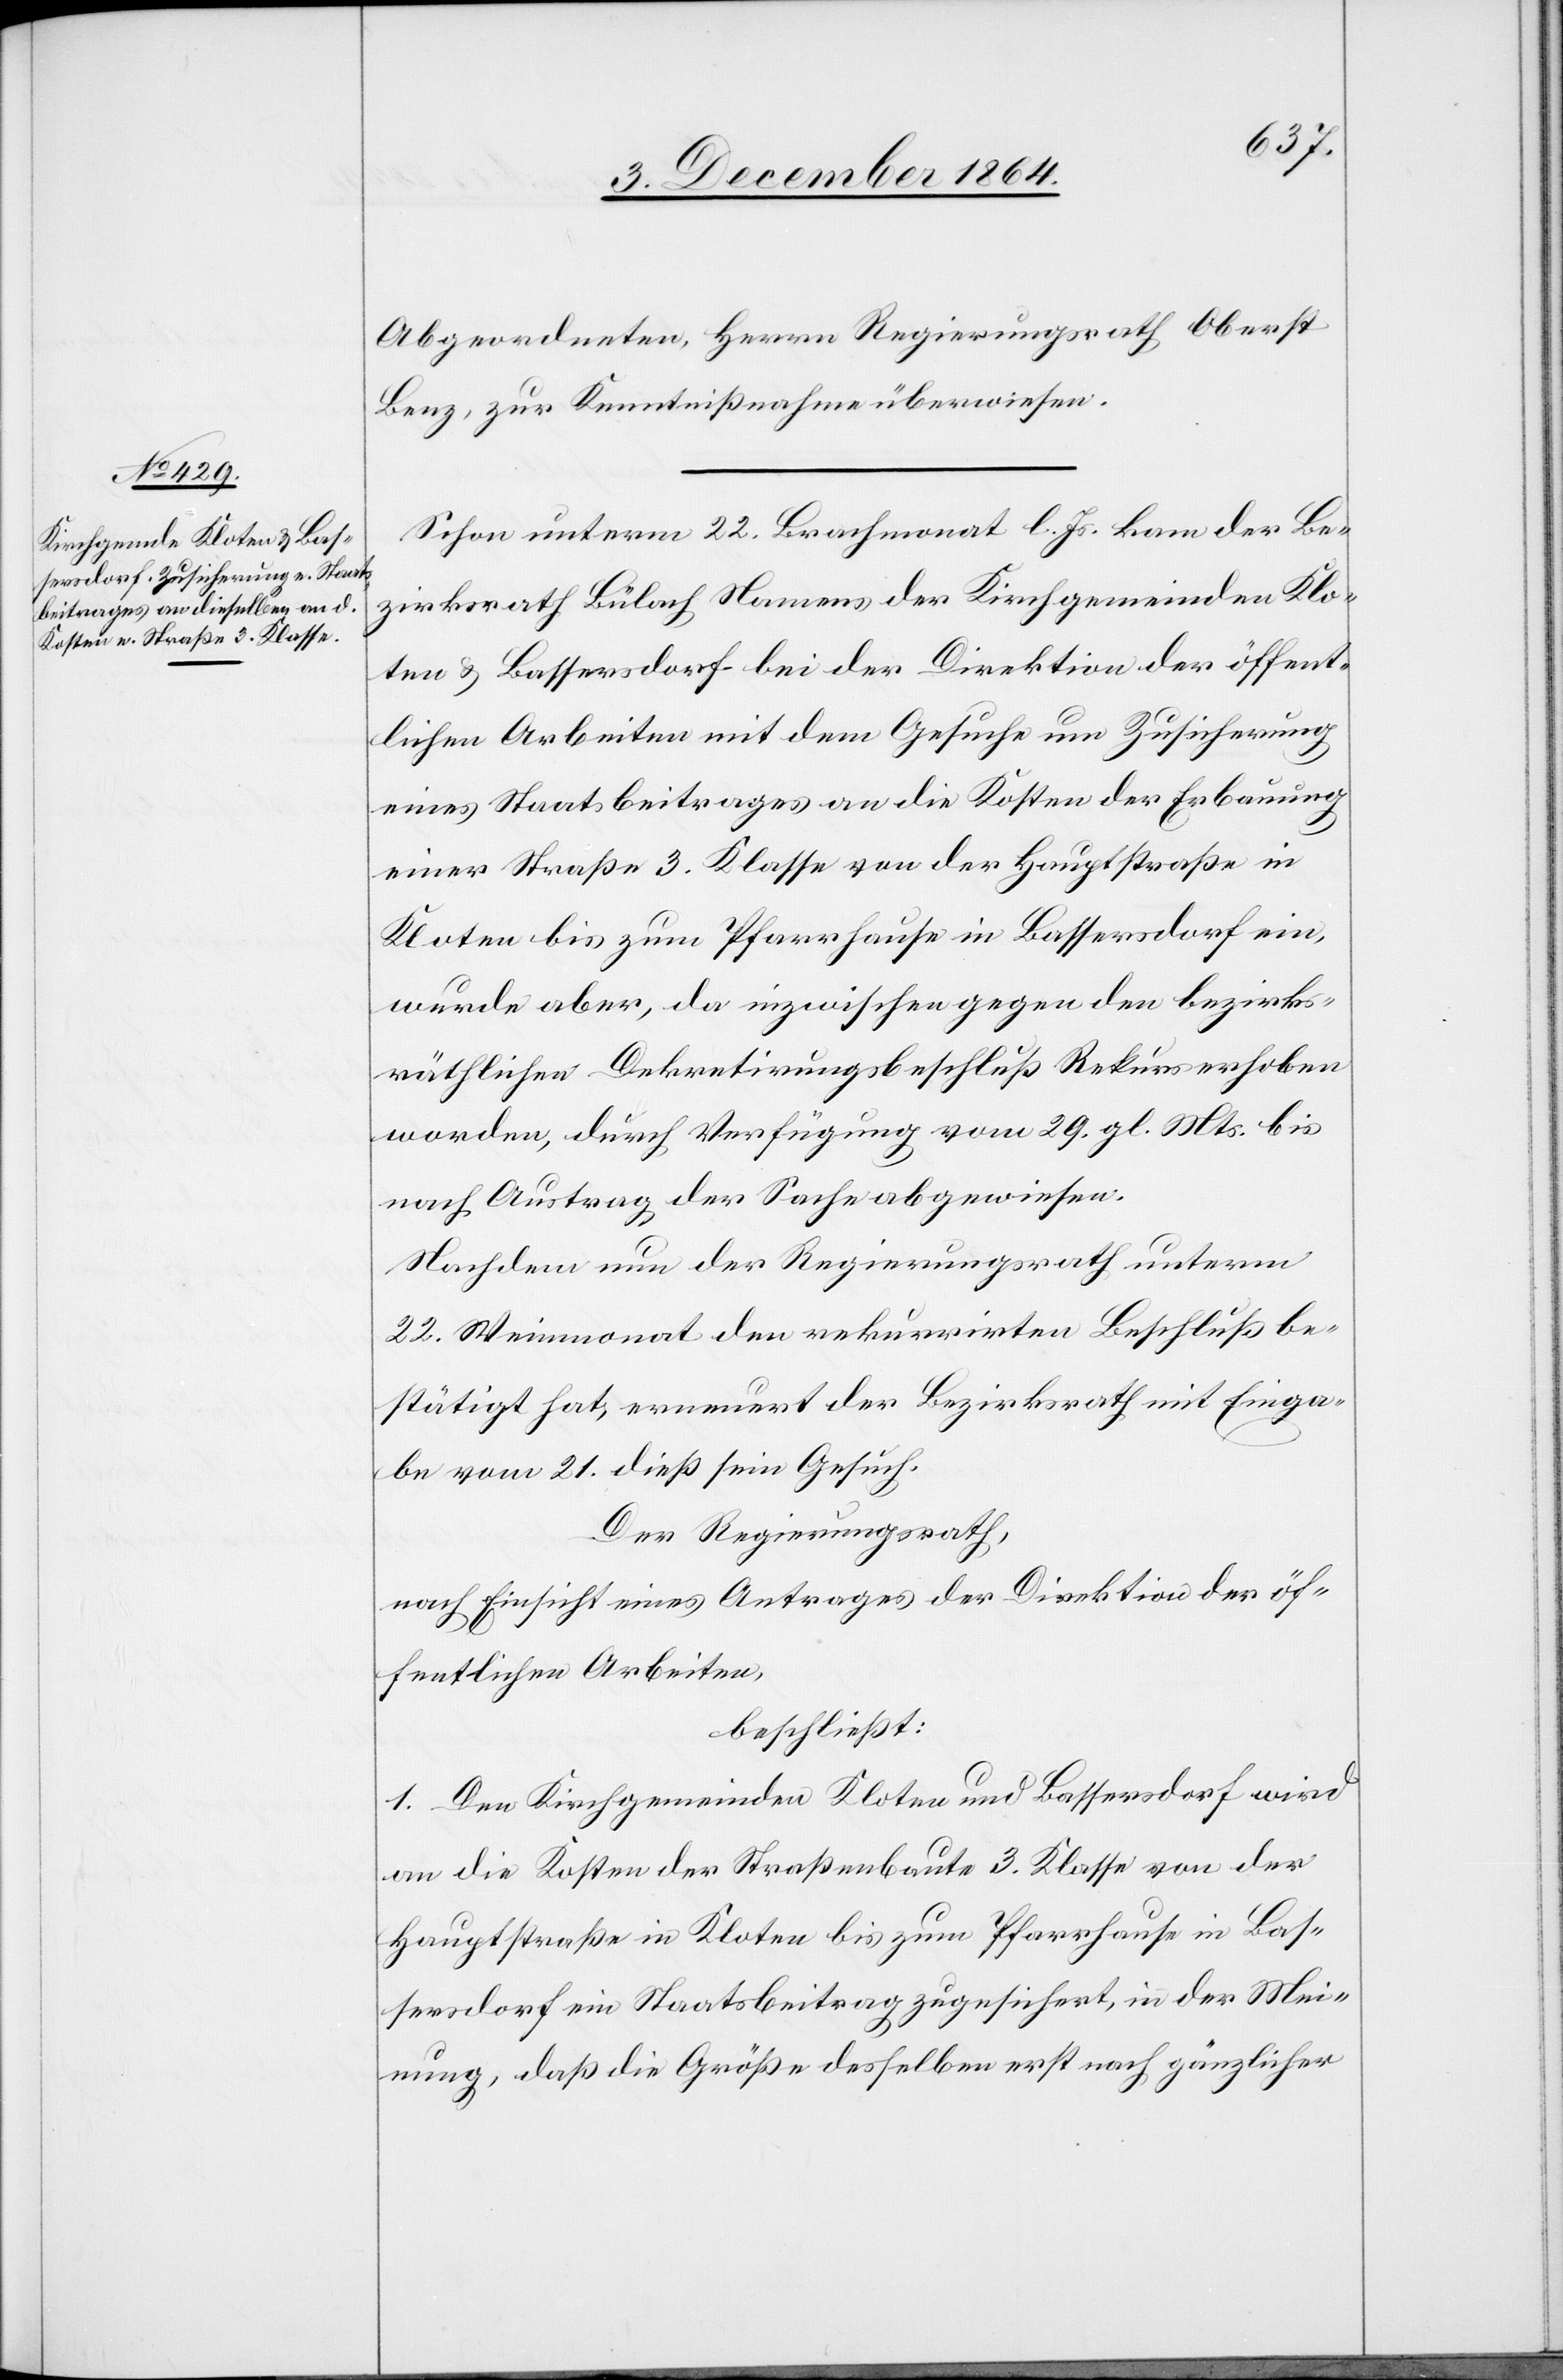
Abgeordneten, Herrn Regierungsrath Oberst
Benz, zur Kenntnißnahme überwiesen.
Schon unterm 22. Brachmonat l. Js. kam der Be¬
zirksrath Bülach Namens der Kirchgemeinden Klo¬
ten & Bassersdorf bei der Direktion der öffent¬
lichen Arbeiten mit dem Gesuche um Zusicherung
eines Staatsbeitrages an die Kosten der Erbauung
einer Straße 3. Klasse von der Hauptstraße in
Kloten bis zum Pfarrhause in Bassersdorf ein,
wurde aber, da inzwischen gegen den bezirks¬
räthlichen Dekretierungbeschluß Rekurs erhoben
worden, durch Verfügung vom 29. gl. Mts. bis
nach Austrag der Sache abgewiesen.
Nachdem nun der Regierungsrath unterm
22. Weinmonat den rekurrirten Beschluß be¬
stätigt hat, erneuert der Bezirksrath mit Einga¬
be vom 21. dieß sein Gesuch.
Der Regierungsrath,
nach Einsicht eines Antrages der Direktion der öf¬
fentlichen Arbeiten,
beschließt:
1. Den Kirchgemeinden Kloten und Bassersdorf wird
an die Kosten der Straßenbaute 3. Klasse von der
Hauptstraße in Kloten bis zum Pfarrhause in Bas¬
sersdorf ein Staatsbeitrag zugesichert, in der Mei¬
nung, daß die Größe desselben erst nach gänzlicher